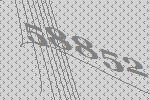
58852